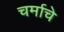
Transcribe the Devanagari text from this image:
चर्माचे